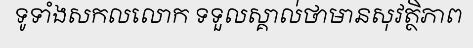
ទូទាំងសកលលោក ទទួលស្គាល់ថាមានសុវត្ថិភាព